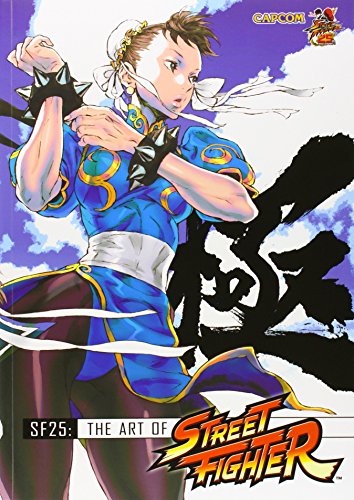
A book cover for SF25: The Art of Street Fighter; Capcom; Arts & Photography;